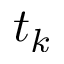
t _ { k }